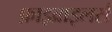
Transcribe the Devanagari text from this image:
फ़ाइब्राइलर्स